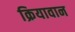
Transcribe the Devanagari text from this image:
क्रियावान